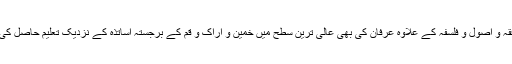
فقہ و اصول و فلسفہ کے علاوہ عرفان کی بهی عالی ترین سطح میں خمین و اراک و قم کے برجستہ اساتذہ کے نزدیک تعلیم حاصل کی۔